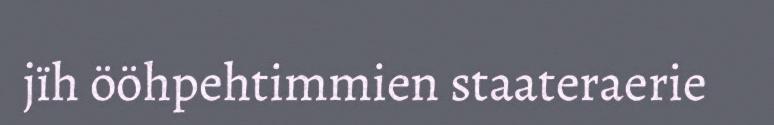
jïh ööhpehtimmien staateraerie